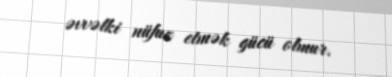
əvvəlki nüfuz etmək gücü olmur.